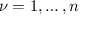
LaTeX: \nu = 1 , \dots , n